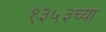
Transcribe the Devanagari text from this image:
१३५३च्या